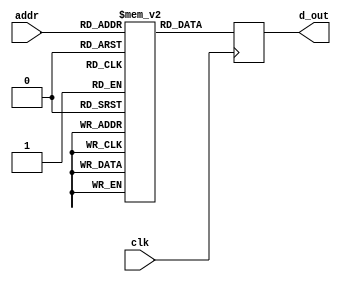
`timescale 1ns / 1ps
//////////////////////////////////////////////////////////////////////////////////
// Company: 
// Engineer: 
// 
// Design Name: 
// Module Name: single_port_RAM
// Project Name: 
// Target Devices: 
// Tool Versions: 
// Description: 
// 
// Dependencies: 
// 
// Revision:
// Revision 0.01 - File Created
// Additional Comments:
// 
//////////////////////////////////////////////////////////////////////////////////


module single_port_RAM
    #(
        parameter DATA_WIDTH=8,
        parameter ADDR_WIDTH=8
      )
    (
    input clk,
    input [ADDR_WIDTH-1:0] addr,
    output reg [DATA_WIDTH-1:0] d_out
    );
    
    
    reg[DATA_WIDTH-1:0] ram[2**ADDR_WIDTH-1:0];
    initial begin
        ram[0] = 8'h00;
        ram[1] = 8'h06;
        ram[2] = 8'h07;
        ram[3] = 8'h08;
        ram[4] = 8'h09;
        ram[5] = 8'h0b;
        ram[6] = 8'h0e;
        ram[7] = 8'h12;
        ram[8] = 8'h1b;
        ram[9] = 8'h2d;
        ram[10] = 8'h3f;
        ram[11] = 8'h48;
        ram[12] = 8'h4c;
        ram[13] = 8'h4f;
        ram[14] = 8'h51;
        ram[15] = 8'h52;
        ram[16] = 8'h53;
        ram[17] = 8'h54;
        ram[18] = 8'h5a;
    end
    
    always @(posedge clk) begin
        d_out <= ram[addr];
    
    end
    
    
    
endmodule